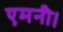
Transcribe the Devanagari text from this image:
एमनी।